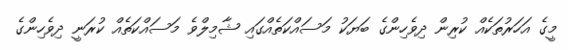
މީގެ އަހަރުތަކެއް ކުރިން ދިވެހިންގެ ބަޔަކު މަސައްކަތެއްގައި ޝާމިލްވެ މަސައްކަތެއް ކުރަނީ ދިވެހިންގެ